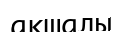
ақшалы